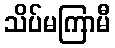
သိပ်မကြာမီ